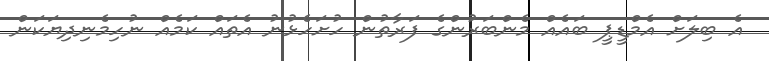
އެ ބިލަށް އެމްޑީޕީ ބައެއް މެންބަރުންގެ ފަރާތުން ހުށަހެޅުނު އެތައް ކަމެއް ނުހިމެނިދިޔަކަން